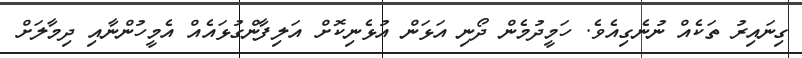
ގިނައިރު ތަކެއް ނުނެގިއެވެ. ހަމީދުމެން ދޯނި އަޅަން އުޅެނިކޮށް އަލިފާންގުޅައެއް އެމީހުންނާއި ދިމާލަށް